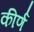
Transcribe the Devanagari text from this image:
कीर्ण